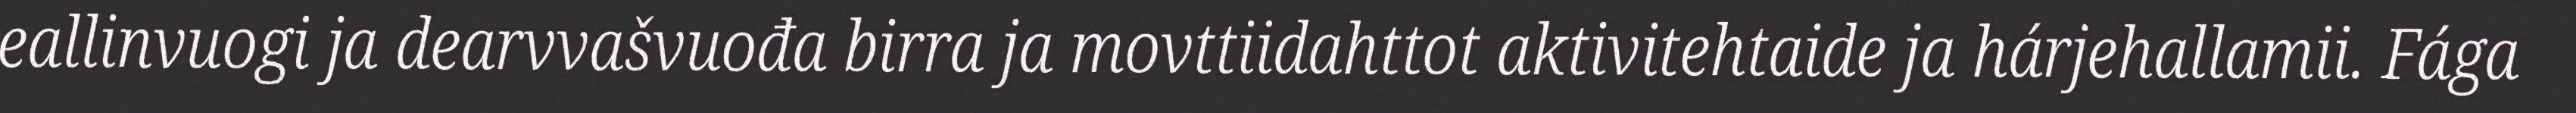
eallinvuogi ja dearvvašvuođa birra ja movttiidahttot aktivitehtaide ja hárjehallamii. Fága